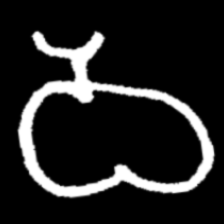
Pyu character \u2014 Myanmar letter: ဝ (romanized: wa)